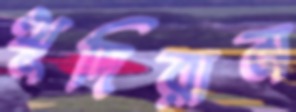
খুদিরাম